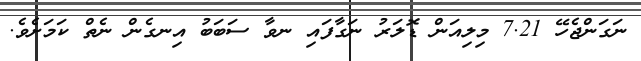
ނަގަންޖެހޭ 7.21 މިލިއަން ޑޮލަރު ނަގާފައި ނވާ ސަބަބު އިނގެން ނެތް ކަމަށެވެ.